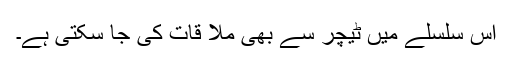
اس سلسلے میں ٹیچر سے بھی ملا قات کی جا سکتی ہے۔